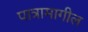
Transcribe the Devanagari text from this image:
पात्रामागील